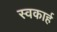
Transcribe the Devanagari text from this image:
स्वकार्ह